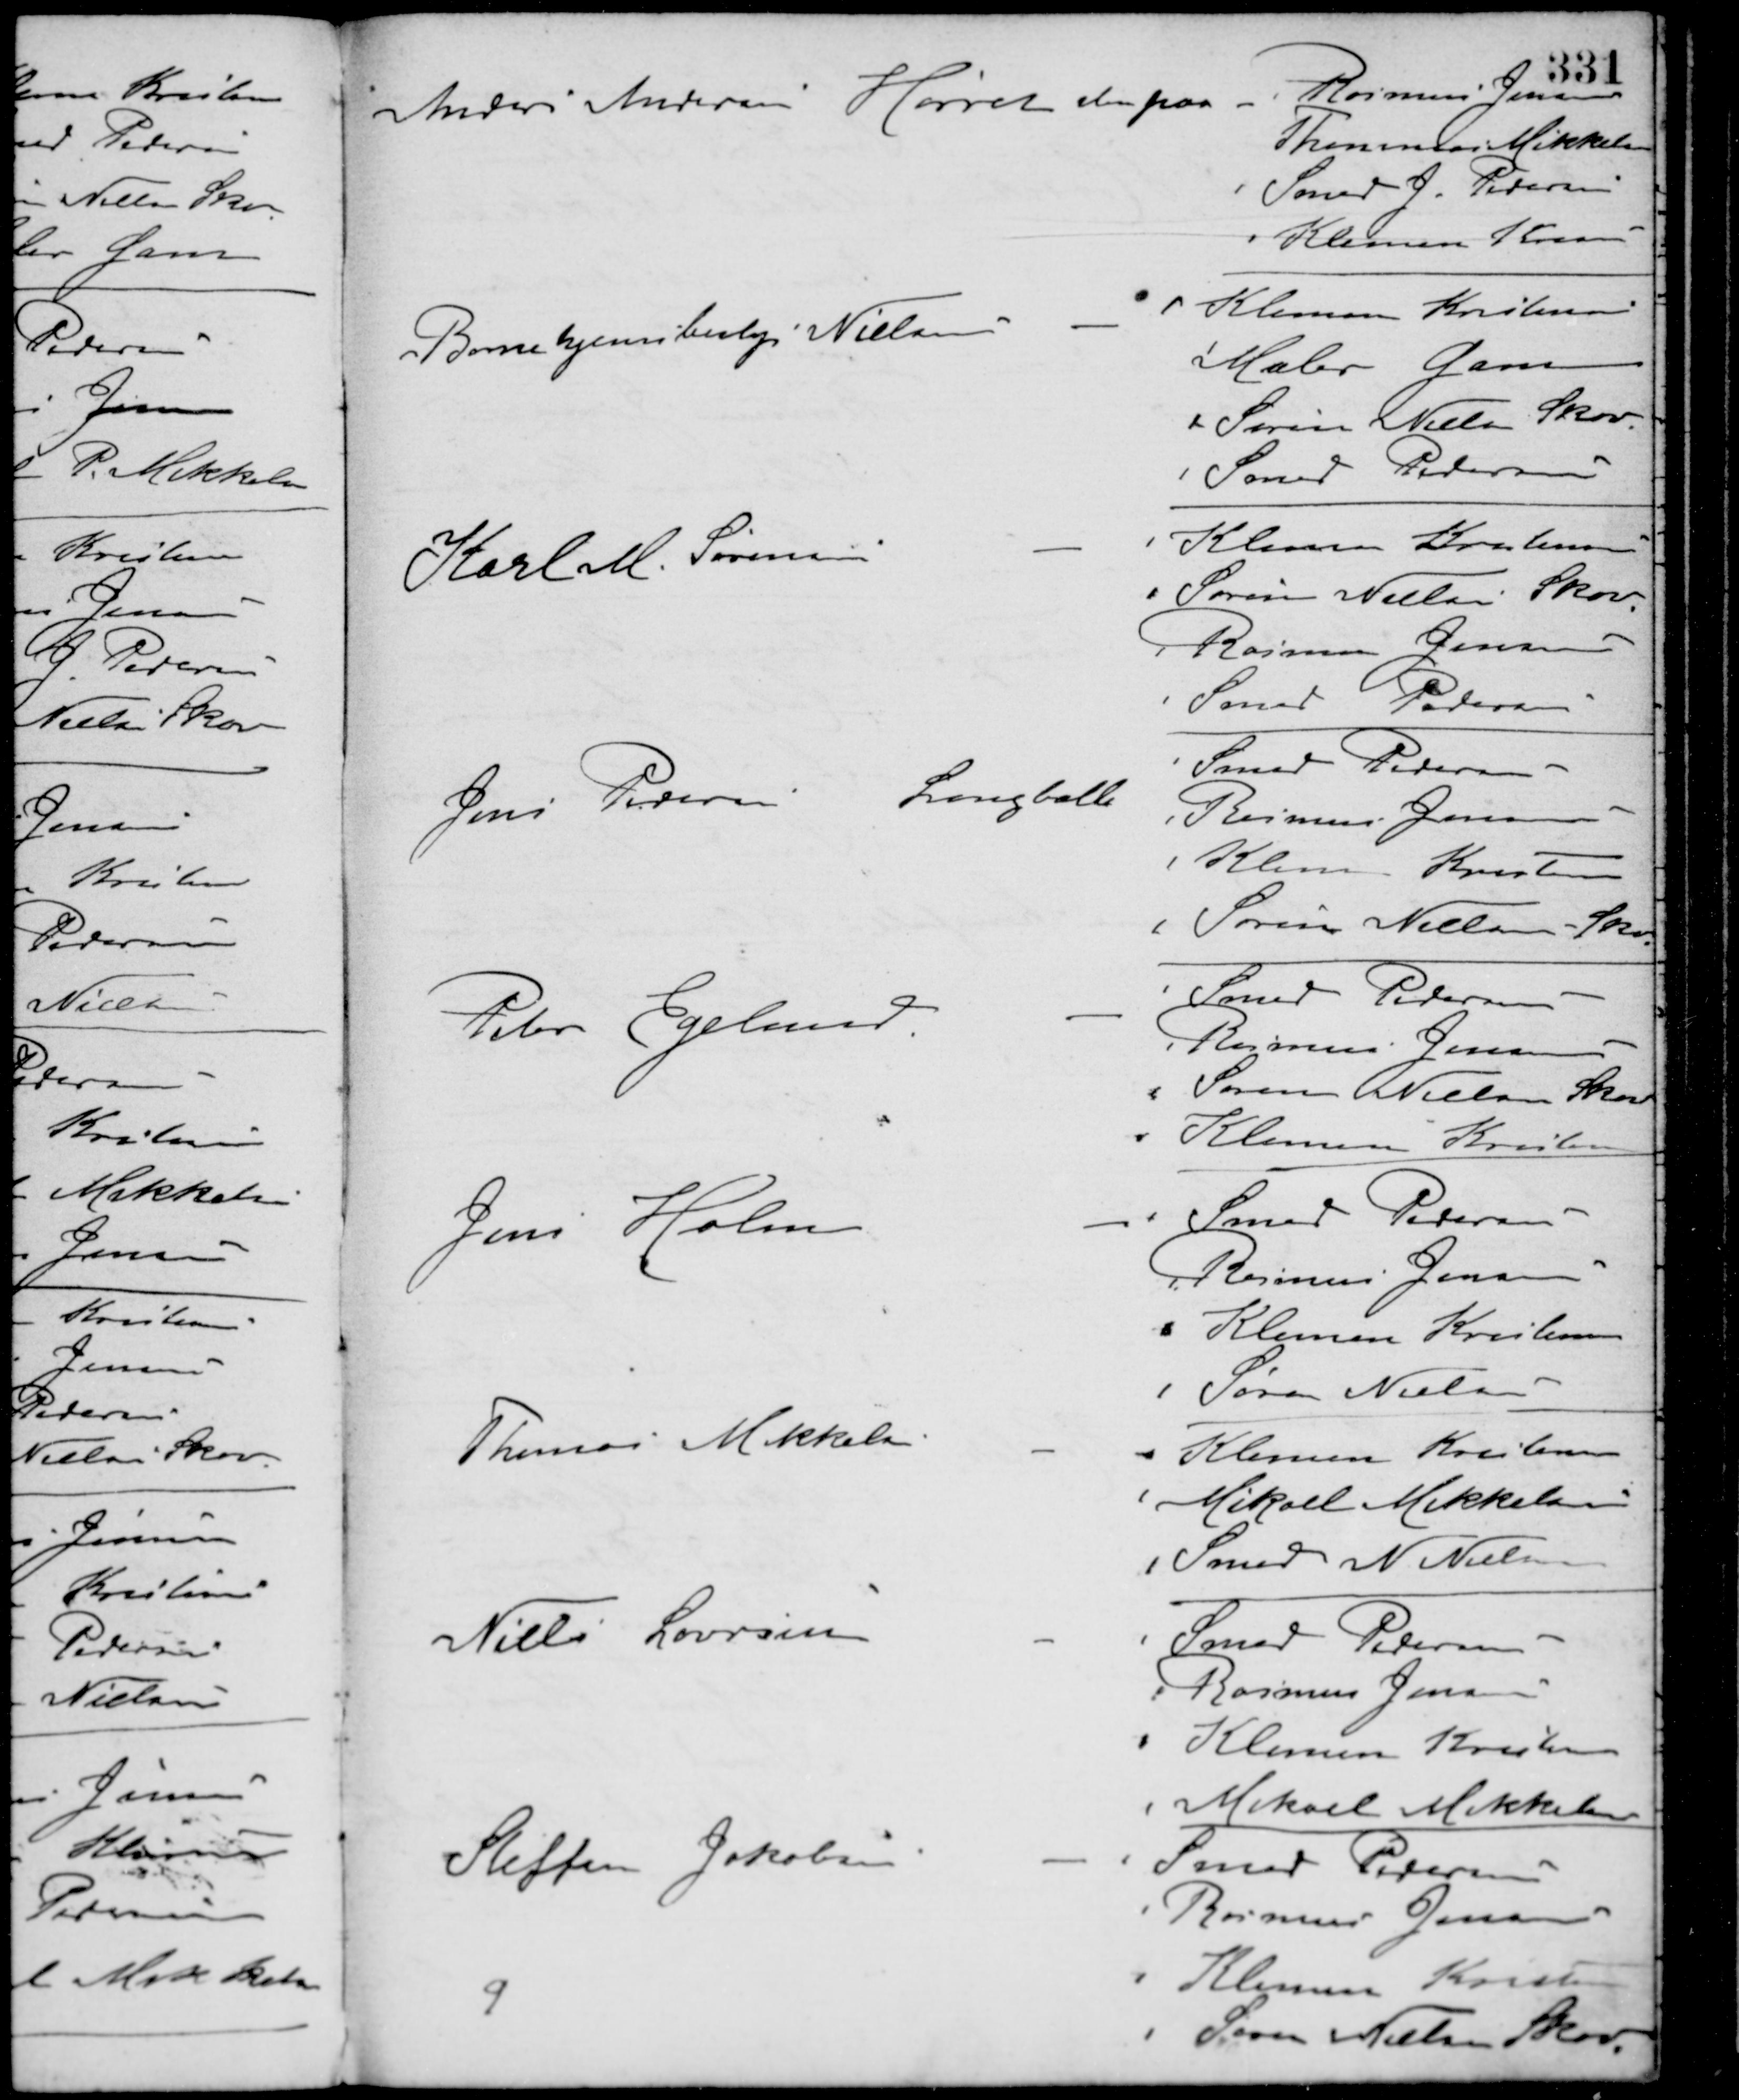
Transskription:
Anders Andersen Hørret stemte paa
Rasmus Jensen
Thomas Mikkelsen
Smed J. Pedersen
Klemen Kristensen
Børnehjemsbestyrer Nielsen -
Klemen Kristensen
Maler Gam
Søren Nielsen Skov
Smed Pedersen
Karl M. Sørensen -
Klemen Kristensen
Søren Nielsen Skov
Rasmus Jensen
Smed Pedersen
Jens Pedersen Langballe
Smed Pedersen
Rasmus Jensen
Klemen Kristensen
Søren Nielsen Skov
Peter Egelund -
Smed Pedersen
Rasmus Jensen
Søren Nielsen Skov
Klemen Kristensen
Jens Holm -
Smed Petersen
Rasmus Jensen
Klemen Kristensen
Søren Nielsen
Thomas Mikkelsen -
Klemen Kristensen
Mikael Mikkelsen
Smed N. Nielsen
Niels Laursen -
Smed Pedersen
Rasmus Jensen
Klemen Kristensen
Mikael Mikkelsen
Steffen Jakobsen -
Smed Pedersen
Rasmus Jensen
Klemen Kristensen
Søren Nielsen Skov
9